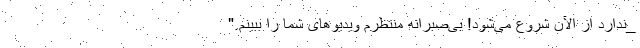
_ندارد از الآن شروع می‌شود! بی‌صبرانه منتظرم ویدیوهای شما را ببینم."